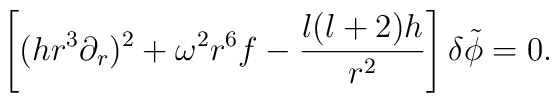
\left [ ( h r^3 \partial_r)^2 + \omega^2 r^6 f -   {  l(l+2) h\over r^2  }   \right ] \delta \tilde \phi = 0.